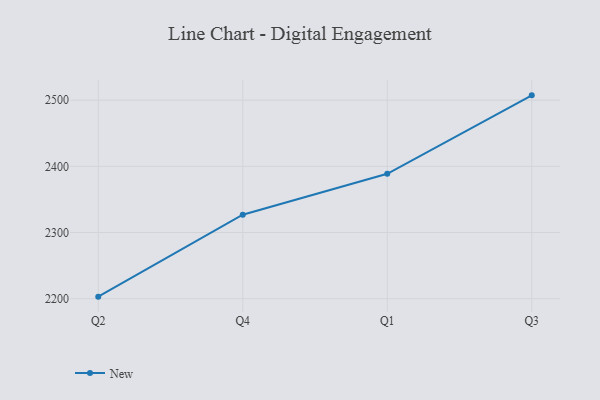
{"axis": {"x": "Quarter", "y": "Operating Costs (USD K)"}, "legend": ["New"], "data": [{"x": "Q2", "y": 2203.1, "type": "New"}, {"x": "Q4", "y": 2326.9, "type": "New"}, {"x": "Q1", "y": 2388.7, "type": "New"}, {"x": "Q3", "y": 2507.3, "type": "New"}]}